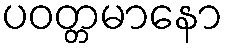
ပဝတ္တမာနော